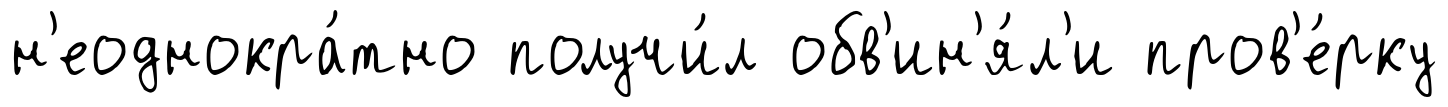
н'еоднокра́тно получи́л обв'ин'я́л'и пров'е́рку